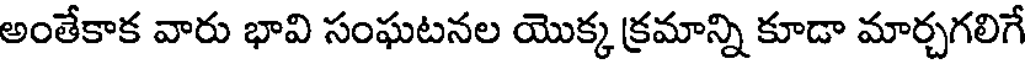
అంతేకాక వారు భావి సంఘటనల యొక్క క్రమాన్ని కూడా మార్చగలిగే